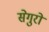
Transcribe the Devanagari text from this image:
सेगुरो